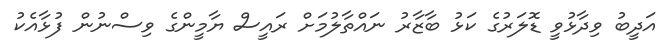
އަދީބު ވިދާޅުވީ ޑޮލަރުގެ ކަޅު ބާޒާރު ނައްތާލުމަށް ރައީސް ޔާމީންގެ ވިސްނުން ފުޅާއެކު